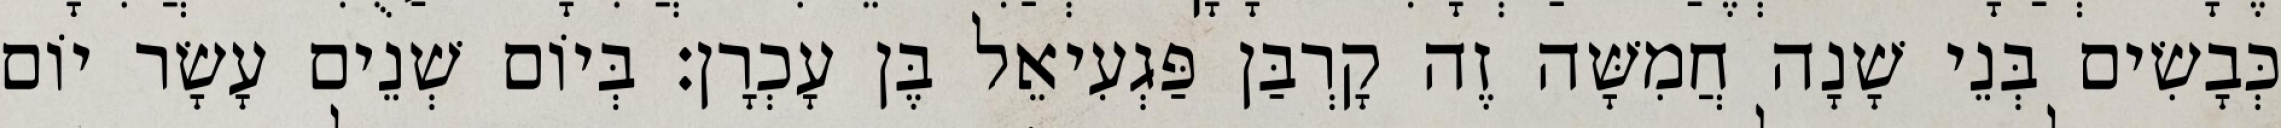
כְּבָשִׂים בְּנֵי שָׁנָה חֲמִשָּׁה זֶה קָרְבַּן פַּגְעִיאֵל בֶּן עָכְרָן׃ בְּיוֹם שְׁנֵים עָשָׂר יוֹם